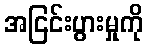
အငြင်းပွားမှုကို